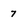
Character: 7